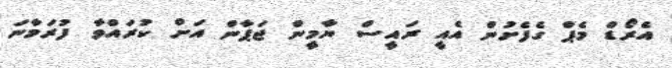
އެރޯޑް މެޕް ގެފެށުން އެއީ ރައީސް ޔާމީން ޖަޕާން އަށް ކުރައްވާ ފުރަމާނަ